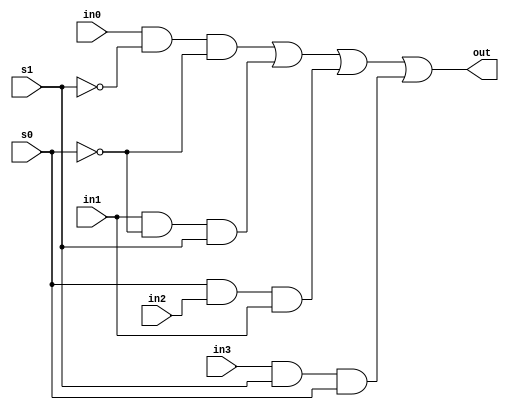
module mux_41(in0,in1,in2,in3,out,s0,s1);
input [3:0]in0,in1, in2, in3;
input [3:0]s0,s1;
output  [3:0]out;
wire [3:0]a0, a1, a2, a3;
wire [3:0]inv0, inv1;

not not_0(inv0,s0);
not not_1(inv1,s1);
and and_0(a0,in0,inv1,inv0);
and and_1(a1,in1,inv0,s1);
and and_2(a2,s0,in2,in1);
and and_3(a3,in3,s1,s0);
or or_0(out,a0, a1,a2,a3);

endmodule